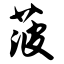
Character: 菠